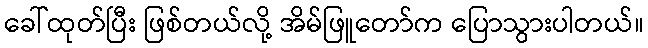
ခေါ်ထုတ်ပြီး ဖြစ်တယ်လို့ အိမ်ဖြူတော်က ပြောသွားပါတယ်။